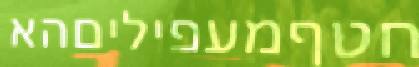
חטףמעפיליםהא